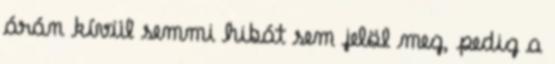
árán kívül semmi hibát sem jelöl meg, pedig a